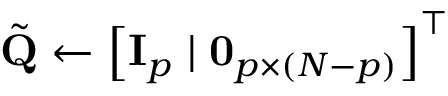
\tilde { \mathbf { Q } } \gets \left[ \mathbf { I } _ { p } \; | \; \mathbf { 0 } _ { p \times ( N - p ) } \right] ^ { \top }